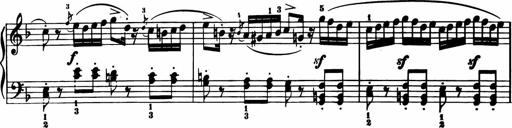
Title: 11 Sonatinas for Piano Solo
Composer: Anton Diabelli